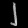
Digit: ၂